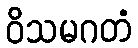
ဝိသမဂတံ